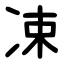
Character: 凁